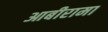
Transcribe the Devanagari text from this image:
आबीरामा